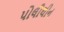
પોલીથીન